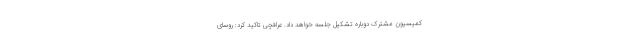
کمیسیون مشترک دوباره تشکیل جلسه خواهد داد. عراقچی تاکید کرد: روسای